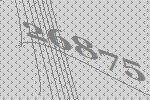
26875